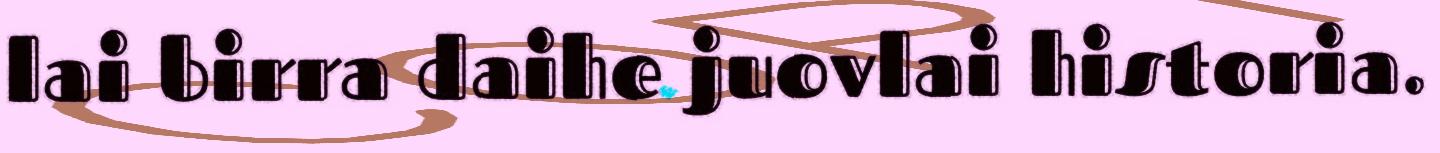
lai birra daihe juovlai historia.